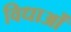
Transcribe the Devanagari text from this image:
विधाओं